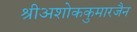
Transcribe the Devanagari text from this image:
श्रीअशोककुमारजैन